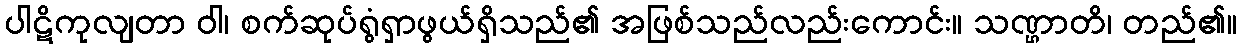
ပါဋိကုလျတာ ဝါ၊ စက်ဆုပ်ရွံရှာဖွယ်ရှိသည်၏ အဖြစ်သည်လည်းကောင်း။ သဏ္ဌာတိ၊ တည်၏။